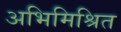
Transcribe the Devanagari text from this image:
अभिमिश्रित